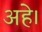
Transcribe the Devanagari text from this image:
अहे।